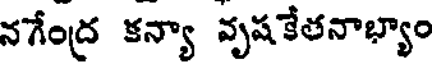
నగేంద్ర కన్యా వృషకేతనాభ్యాం